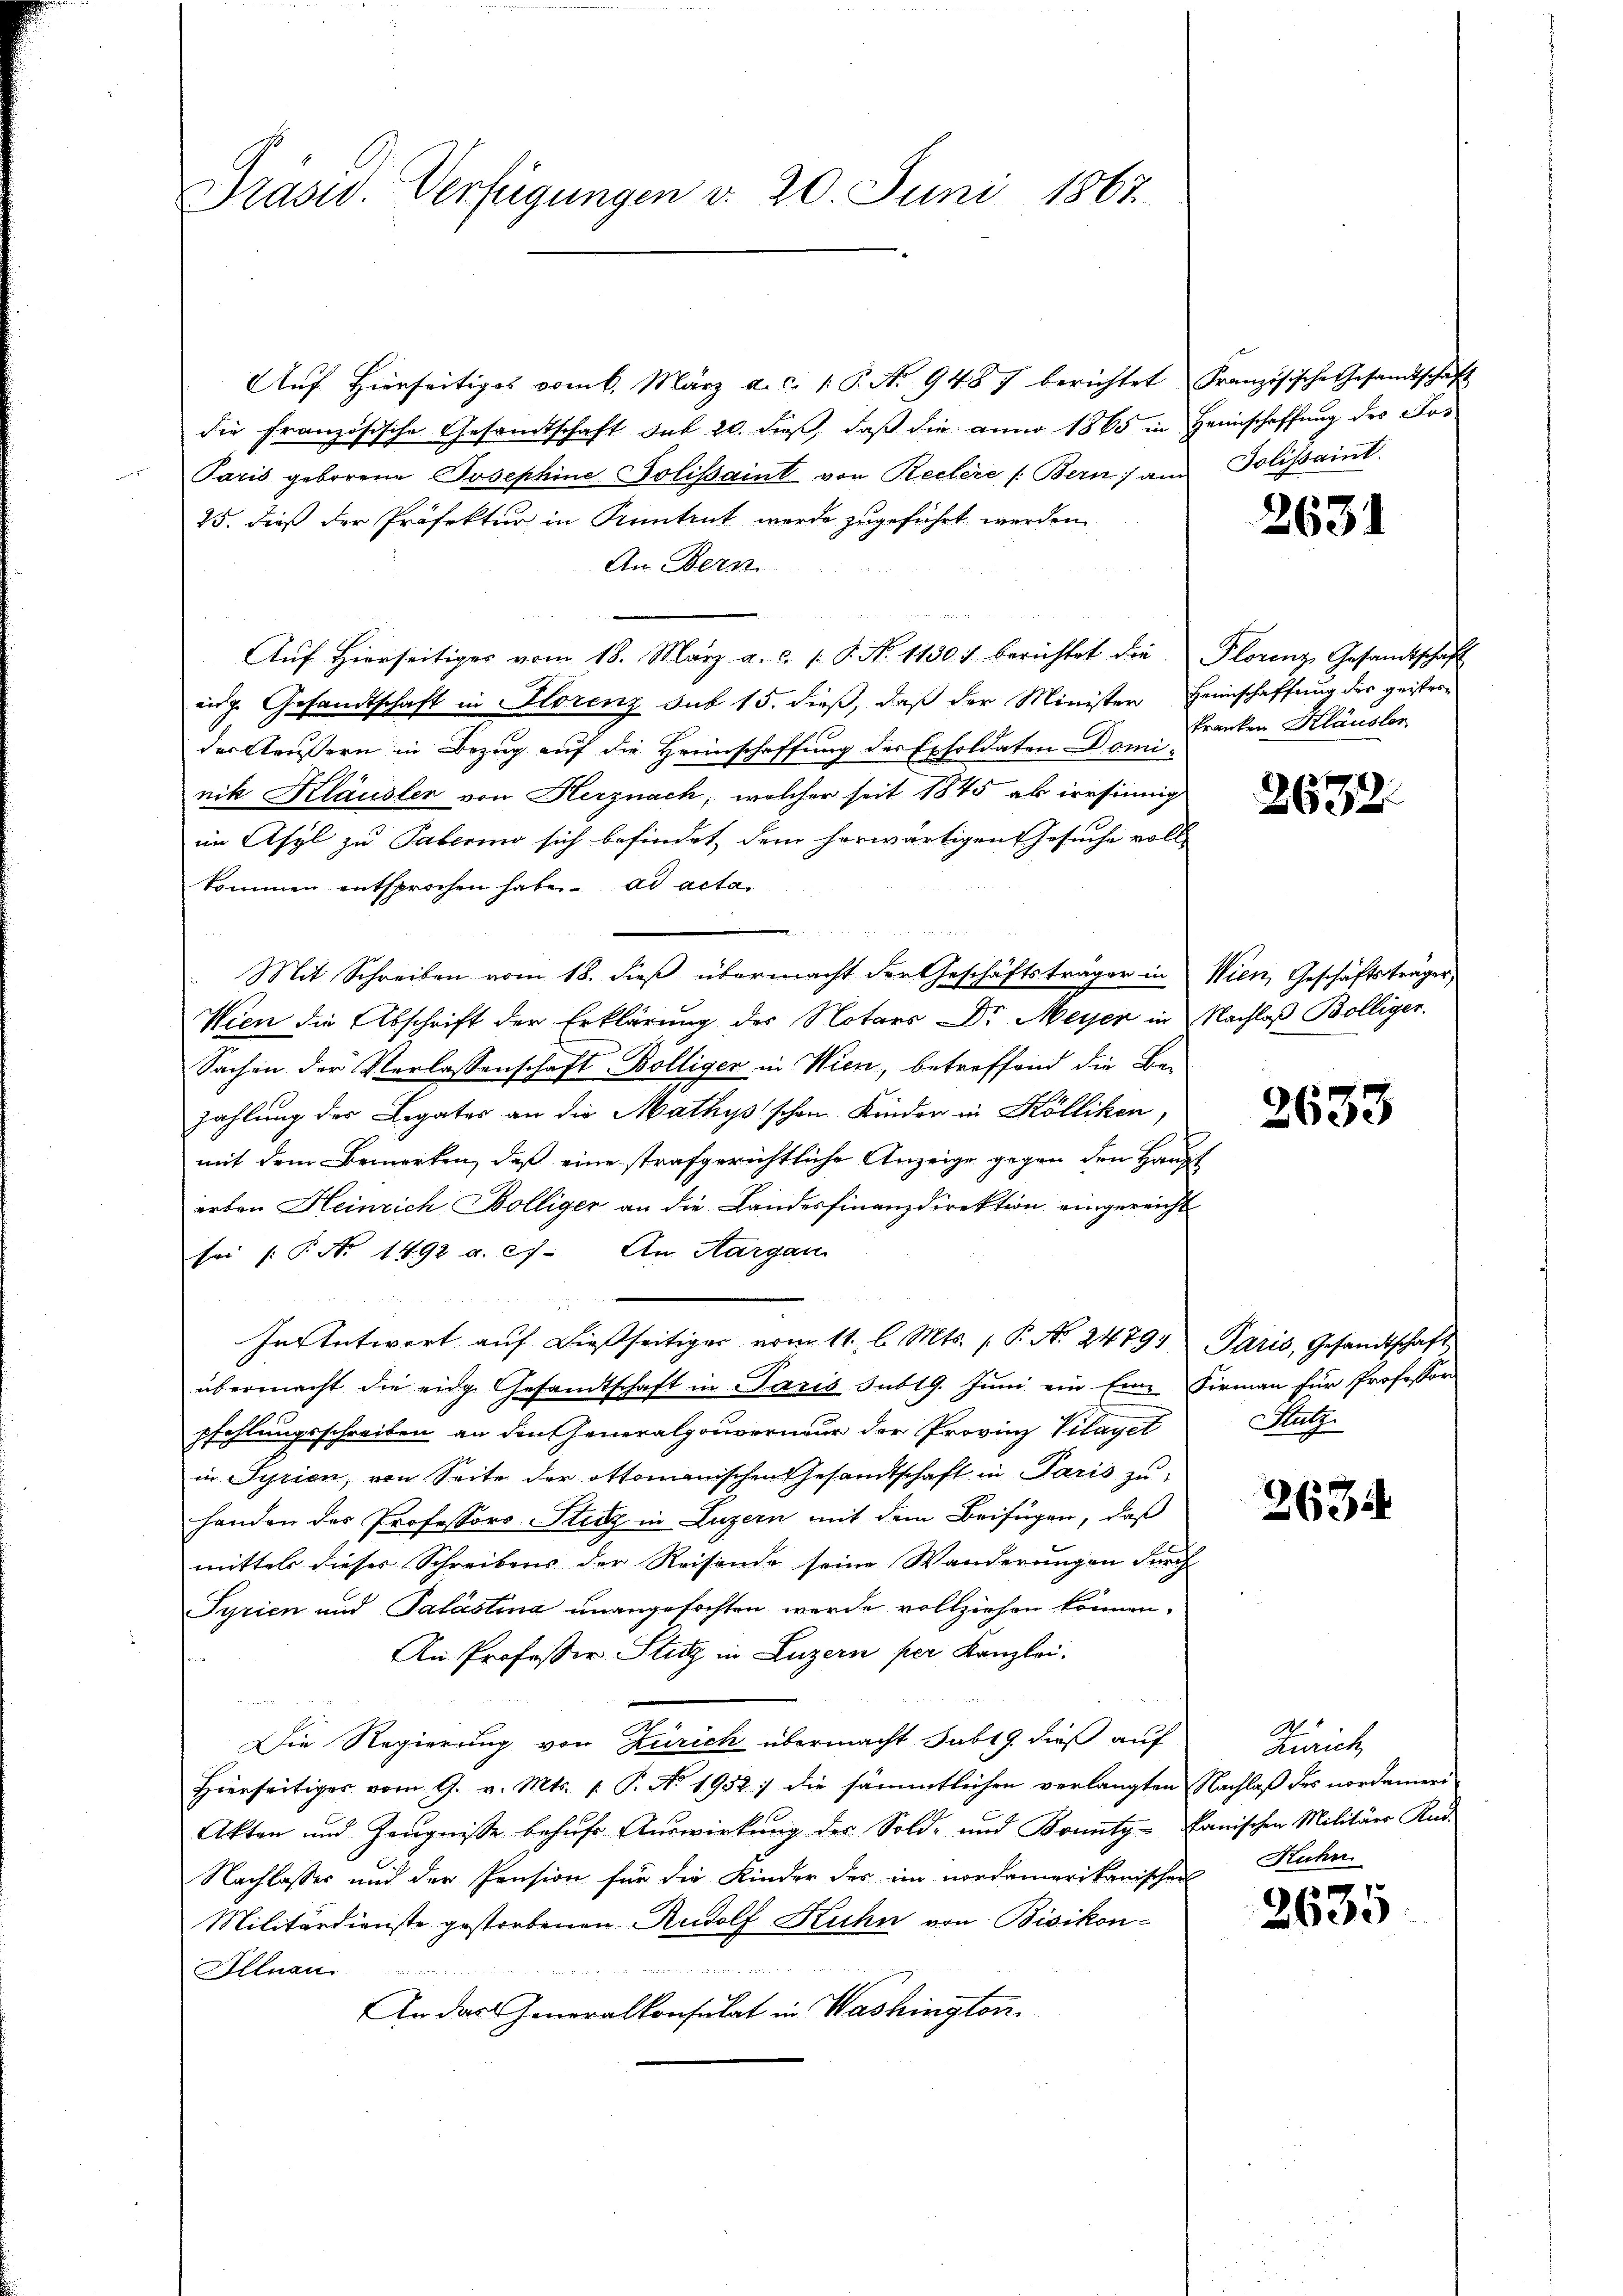
Präsid. Verfügungen d. 20. Juni 1867

Aŭf Hierseitiges vom 6. März a. c. 1. P. Nr. 9487 berichtet Französische Gesandtschaft
die Französische Gesandtschaft sub 20. dieß, daß die anno 1865 in Heimschaffung des Jos
Paris geborene Josephine Polissaint von Reitere /: Bern) am Polissaint
25. dieß der Präfektur in Kuntrut werde zugeführt werden
An Bern
Auf Hierseitiges vom 18. März a. c. 1 P. N. 1150) berichtet die Florenz Gesandtschaft
ing. Gesandtschaft in Florenz sub 15. dieß, daß der Minister Heinschaffung der geisterder Aeußern in Bezug auf die Heimschaffung des Exsoldaten Domi-
nik Klausler von Herznach, welcher seit 1845 als wesinnig
im Asyl zu Saberino sich befindet dem herwärtigen Gesuche voll-
kommen entsprochen habe. ad acta
Mit Schreiben vom 18. dieβ übermacht der Geschäftsträger in Wien, Geschäftsträger
Wien die Abschrift der Erklärung des Notars Dr Meyer in Nachlaß Bolliger.
Sachen der Verlassenschaft Bölliger in Wien, betreffend die Bezahlung des Legates an die Mathysischen Kinder in Köllikon,
mit dem Bemerken, daß eine strafgerichtliche Anzeige gegen den Haupt
erben Heinrich Bölliger an die Landesfinanzdirektion eingereicht
sei (T. No 1492 a. c. An Aargau
d

In Antwort aŭf dießseitiger vom 11. l. Mts. P. No. 24791 Paris, Gesandtschaft
übermacht die eidg. Gesandtschaft in Paris sub 19. Juni ein Eine Firmann für Professor
pfehlungsschreiben an den Generalgouverneur der Provinz Vilaget
in Syrien, von Seite der Ottomanischen Gesandtschaft in Paris zu
handen des Professors Stiz in Luzern mit dem Beifügen, daß
mittels dieses Schreibens der Reisende seine Wanderungen durch
Syrien und Palästina unangefochten werde vollziehen können.
An Professor Stutz in Luzern per Kanzlei.
Die Regierung von Zürich übermacht Sabt 9. dieß auf
Hierseitiger vom 9. v. Mts. 1. P. No. 1952 :/ die sämmtlichen verlangten Nachlaβ des nordamen
Akten und Zeŭgnisse behŭfs Auswirkung des Sold- und Kounty-kanischen Militärs Kad
Nachlasser und der Pension für die Kinder der im Nordamerikanischen
Militärdienste gestorbenen Rudolf Kuhn von Bisikon-
E
Altnau
An das Generalkonsulat in Washington.

2631

kranken Klausler

2672.

2633

Stutz

2634

Zürich
Ruhn

2635